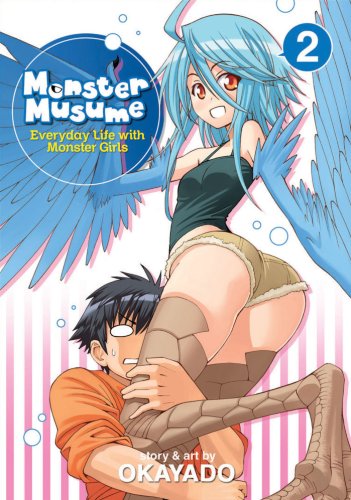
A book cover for Monster Musume, Vol. 2; OKAYADO; Comics & Graphic Novels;